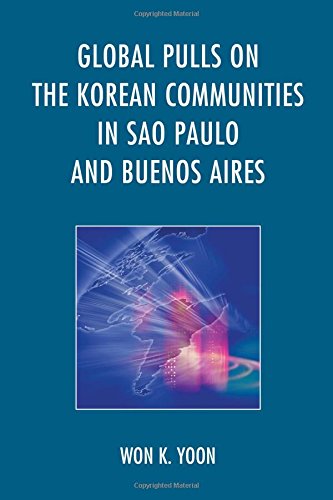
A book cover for Global Pulls on the Korean Communities in Sao Paulo and Buenos Aires; Won K. Yoon; History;